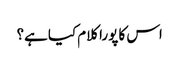
اس کا پورا کلام کیا ہے؟